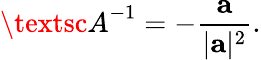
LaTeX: {\textsc{A}}^{-1}=-\frac{\mathbf{a}}{\vert\mathbf{a}\vert^{2}}.